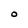
Character: O